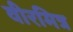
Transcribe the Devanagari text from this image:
वीरमित्र